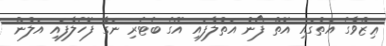
ޢިޒްވާގެ އަތުގައި އޮތް ފޯނު އަތުލާފައި އޭގެ ބެޓެރި ނަގާ ފޮހެލާފައި އަލުން